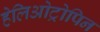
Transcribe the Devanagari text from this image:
हेलिओट्रोपिन